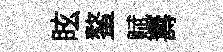
眩鳌赋夀